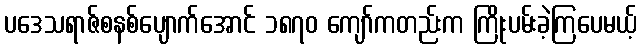
ပဒေသရာဇ်စနစ်ပျောက်အောင် ၁၈၇၀ ကျော်ကတည်းက ကြိုးပမ်းခဲ့ကြပေမယ့်